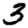
Digit: 3